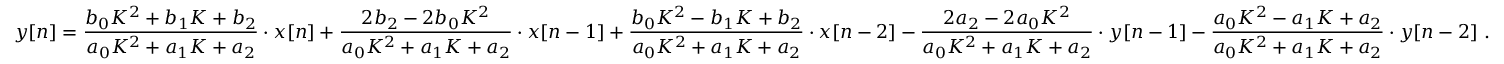
y [ n ] = { \frac { b _ { 0 } K ^ { 2 } + b _ { 1 } K + b _ { 2 } } { a _ { 0 } K ^ { 2 } + a _ { 1 } K + a _ { 2 } } } \cdot x [ n ] + { \frac { 2 b _ { 2 } - 2 b _ { 0 } K ^ { 2 } } { a _ { 0 } K ^ { 2 } + a _ { 1 } K + a _ { 2 } } } \cdot x [ n - 1 ] + { \frac { b _ { 0 } K ^ { 2 } - b _ { 1 } K + b _ { 2 } } { a _ { 0 } K ^ { 2 } + a _ { 1 } K + a _ { 2 } } } \cdot x [ n - 2 ] - { \frac { 2 a _ { 2 } - 2 a _ { 0 } K ^ { 2 } } { a _ { 0 } K ^ { 2 } + a _ { 1 } K + a _ { 2 } } } \cdot y [ n - 1 ] - { \frac { a _ { 0 } K ^ { 2 } - a _ { 1 } K + a _ { 2 } } { a _ { 0 } K ^ { 2 } + a _ { 1 } K + a _ { 2 } } } \cdot y [ n - 2 ] \ .